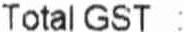
TOTAL GST :